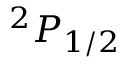
^ { 2 } P _ { 1 / 2 }